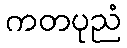
ကတပုညံ